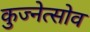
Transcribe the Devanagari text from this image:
कुज्नेत्सोव